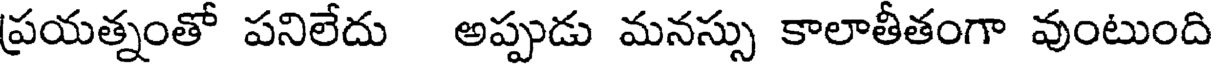
ప్రయత్నంతో పనిలేదు అప్పుడు మనస్సు కాలాతీతంగా వుంటుంది